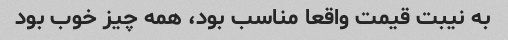
به نیبت قیمت واقعا مناسب بود، همه چیز خوب بود